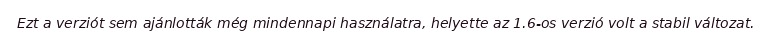
Ezt a verziót sem ajánlották még mindennapi használatra, helyette az 1.6-os verzió volt a stabil változat.